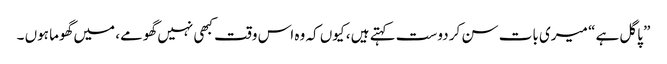
” پاگل ہے “ میری بات سن کر دوست کہتے ہیں ، کیوں کہ وہ اس وقت کبھی نہیں گھومے، میں گھوما ہوں ۔